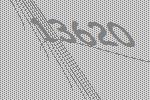
13620